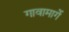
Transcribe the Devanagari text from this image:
गावामार्गे